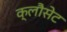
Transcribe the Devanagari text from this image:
क्लौसेट